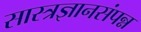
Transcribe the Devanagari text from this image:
सास्त्रज्ञानसंपन्न